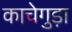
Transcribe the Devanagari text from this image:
काचेगुड़ा